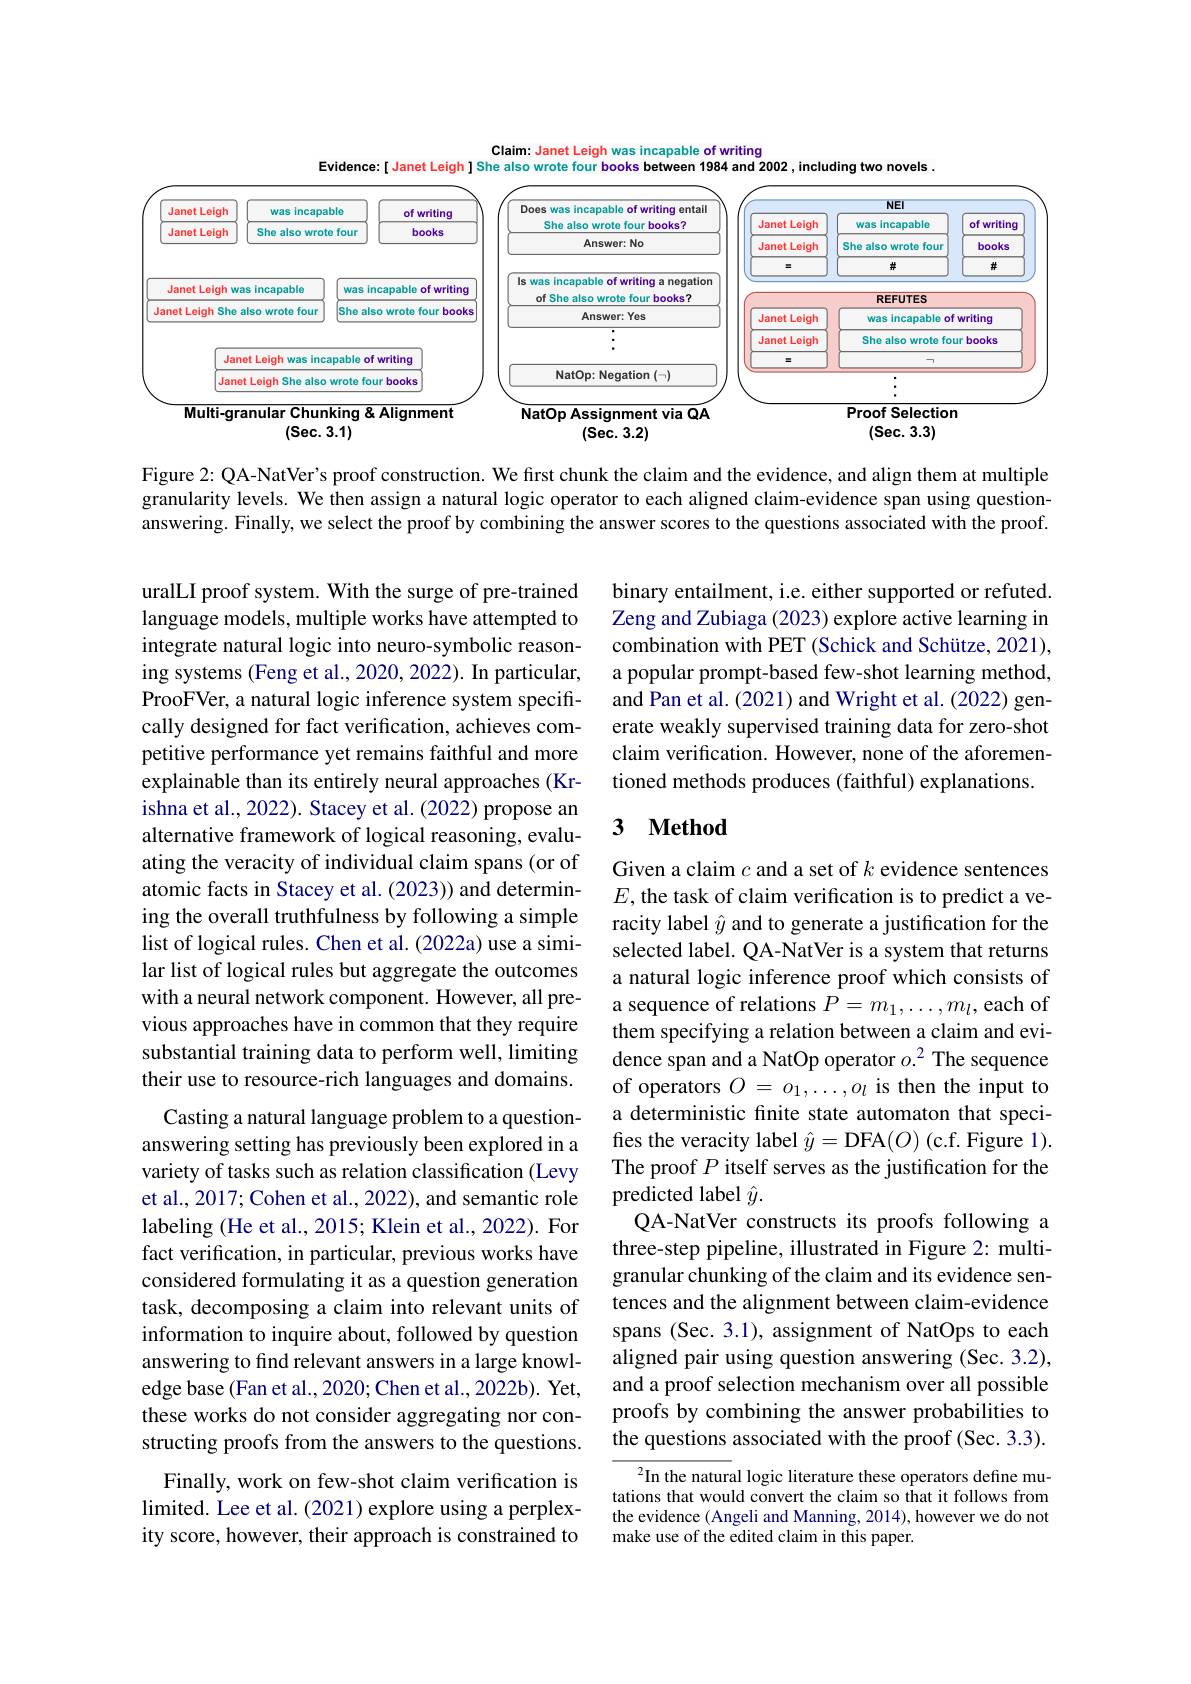
Claim: Janet Leigh was incapable of writing

Evidence:[ Janet Leigh]She also wrote four books between 1984 and 2002, including two novels .
<FigureHere>

Figure 2: QA-NatVer's proof construction. We first chunk the claim and the evidence, and align them at multiple granularity levels. We then assign a natural logic operator to each aligned claim-evidence span using questionanswering. Finally, we select the proof by combining the answer scores to the questions associated with the proof.

binary entailment, i.e. either supported or refuted. Zeng and Zubiaga (2023) explore active learning in combination with PET (Schick and Schütze, 2021), a popular prompt-based few-shot learning method, and Pan et al. (2021) and Wright et al. (2022) generate weakly supervised training data for zero-shot claim verification. However, none of the aforementioned methods produces (faithful) explanations.

## 3 $\textbf{Method}$

uralLI proof system. With the surge of pre-trained language models, multiple works have attempted to integrate natural logic into neuro-symbolic reasoning systems (Feng et al., 2020, 2022). In particular, ProoFVer, a natural logic inference system specifically designed for fact verification, achieves competitive performance yet remains faithful and more explainable than its entirely neural approaches (Krishna et al., 2022). Stacey et al. (2022) propose an alternative framework of logical reasoning, evaluating the veracity of individual claim spans (or of atomic facts in Stacey et al. (2023)) and determining the overall truthfulness by following a simple list of logical rules. Chen et al. (2022a) use a similar list of logical rules but aggregate the outcomes with a neural network component. However, all previous approaches have in common that they require substantial training data to perform well, limiting their use to resource-rich languages and domains.
Casting a natural language problem to a questionanswering setting has previously been explored in a variety of tasks such as relation classification (Levy et al., 2017; Cohen et al., 2022), and semantic role labeling (He et al., 2015; Klein et al., 2022). For fact verification, in particular, previous works have considered formulating it as a question generation task, decomposing a claim into relevant units of information to inquire about, followed by question answering to find relevant answers in a large knowledge base (Fan et al., 2020; Chen et al., 2022b). Yet, these works do not consider aggregating nor constructing proofs from the answers to the questions.
Finally, work on few-shot claim verification is limited. Lee et al. (2021) explore using a perplexity score, however, their approach is constrained to

Given a claim $c$ and a set of $k$ evidence sentences $E$, the task of claim verification is to predict a veracity label $\hat{y}$ and to generate a justification for the selected label. QA-NatVer is a system that returns a natural logic inference proof which consists of a sequence of relations $P=m_1,\ldots,m_l$,each of them specifying a relation between a claim and evidence span and a NatOp operator $o.^{2}$ The sequence of operators $O=o_1,\ldots,o_l$ is then the input to a deterministic finite state automaton that specifes the veracity label $\hat{y}=$DFA$(O)$ (c.f. Figure 1). The proof $P$ itself serves as the justification for the predicted label $\hat{y}.$
QA-NatVer constructs its proofs following a three-step pipeline, illustrated in Figure 2: multigranular chunking of the claim and its evidence sentences and the alignment between claim-evidence spans (Sec. 3.1), assignment of NatOps to each aligned pair using question answering (Sec. 3.2), and a proof selection mechanism over all possible proofs by combining the answer probabilities to the questions associated with the proof (Sec. 3.3).
${^2\text{In the natural logic literature these operators define mu-}}$

tations that would convert the claim so that it follows from the evidence (Angeli and Manning, 2014), however we do not make use of the edited claim in this paper.